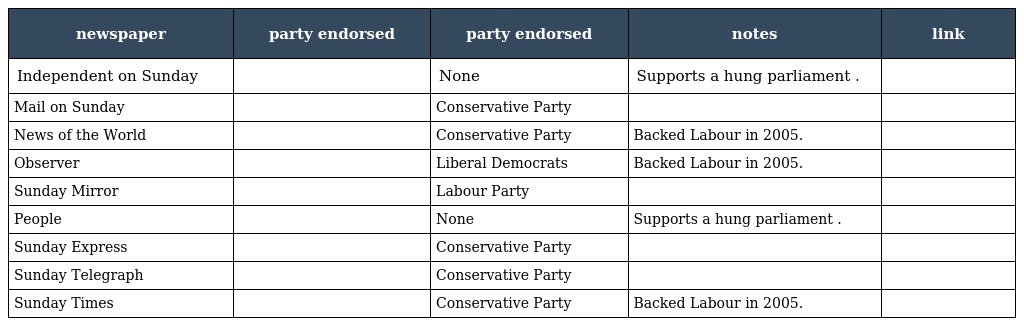
| newspaper | party endorsed | party endorsed | notes | link |
 | --- | --- | --- | --- | --- |
 | Independent on Sunday |  | None | Supports a hung parliament . |  |
 | Mail on Sunday |  | Conservative Party |  |  |
 | News of the World |  | Conservative Party | Backed Labour in 2005. |  |
 | Observer |  | Liberal Democrats | Backed Labour in 2005. |  |
 | Sunday Mirror |  | Labour Party |  |  |
 | People |  | None | Supports a hung parliament . |  |
 | Sunday Express |  | Conservative Party |  |  |
 | Sunday Telegraph |  | Conservative Party |  |  |
 | Sunday Times |  | Conservative Party | Backed Labour in 2005. |  |